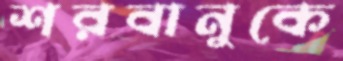
শরবানুকে